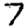
Digit: 7